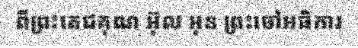
ពីព្រះតេជគុណ អ៊ុល អុន ព្រះចៅអធិការ